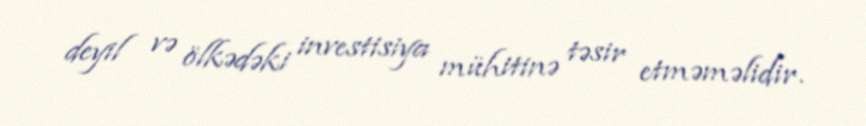
deyil və ölkədəki investisiya mühitinə təsir etməməlidir.